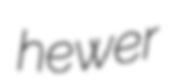
hewer